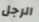
الرجل